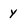
Character: y